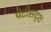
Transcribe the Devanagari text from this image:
पेटीसदृश